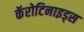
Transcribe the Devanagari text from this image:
कॅरोटिनाइड्स